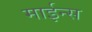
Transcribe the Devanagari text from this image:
माईन्स